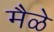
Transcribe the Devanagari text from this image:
मैळे